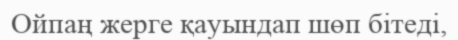
Ойпаң жерге қауындап шөп бітеді,